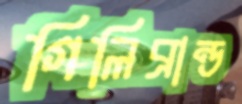
গিলিব্রান্ড